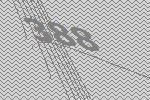
388